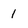
Character: 1